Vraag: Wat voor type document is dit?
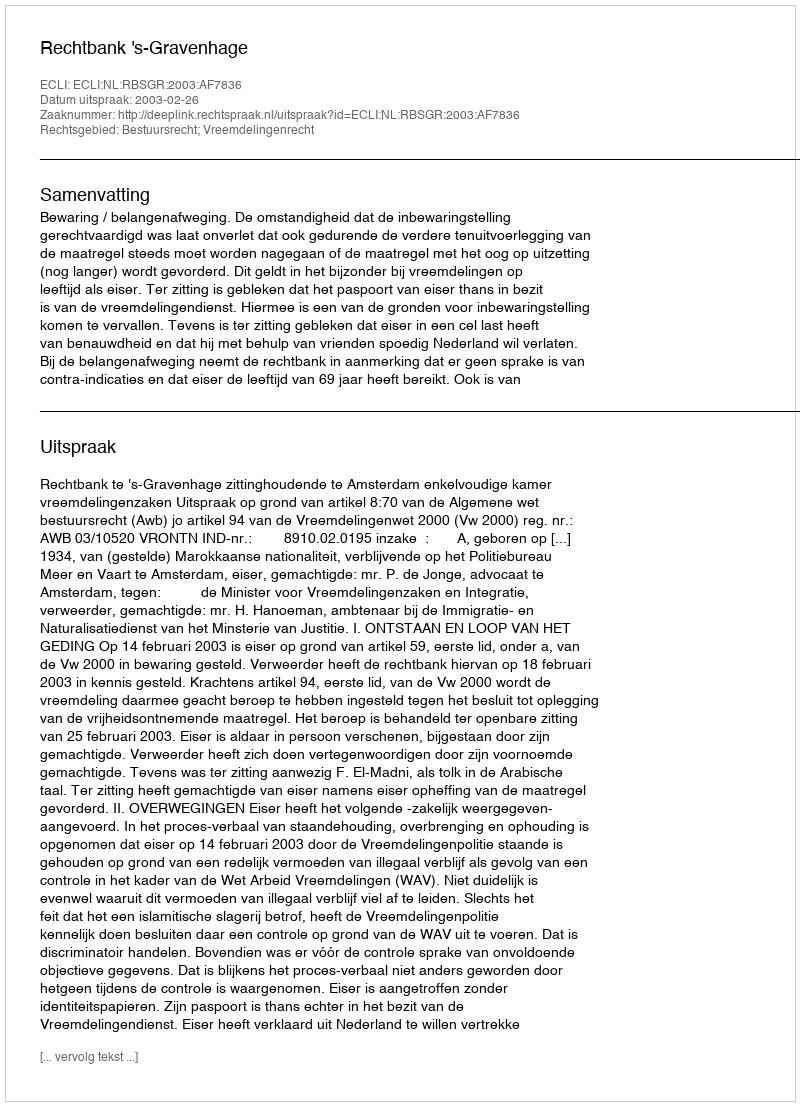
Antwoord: Uitspraak